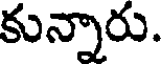
కున్నారు.